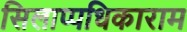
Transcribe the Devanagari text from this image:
सिलाप्पधिकाराम